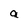
Character: a